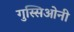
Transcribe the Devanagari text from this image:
गुस्सिओनी